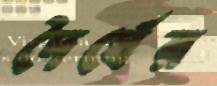
দৈর্ঘের